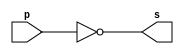
 
// ------------------------- 
// Exemplo0002 - NOT
// Nome: Ederson Cristiano Nunes 
// Versao: 0.2
// ------------------------- 
 
// ------------------------- 
// -- not gate
// ------------------------- 
module notgate (output s, input p); 
assign s = ~p; // criar vinculo permanente 
                        // (dependencia) 
endmodule // not gate 
 
// ------------------------- 
// -- test not gate 
// ------------------------- 
module testnotgate; 
// ------------------------- dados locais 
   reg   a;    // definir registrador 
                   // (variavel independente) 
   wire  s;    // definir conexao (fio) 
                   // (variavel dependente   ) 
// ------------------------- instancia 
   notgate NOT1 (s, a); 
// ------------------------- preparacao 
   initial begin:start 
      a=0; 
    end 
// ------------------------- parte principal 
// ------------------------- parte principal 
          initial begin 
      $display("Exemplo 0002 - Ederson Cristiano Nunes - 438964"); 
            $display("Test NOT gate"); 
            $display("\n~a = s\n"); 
            a=0; 
         #1  $display("~%b = %b", a, s); 
            a=1; 
         #1  $display("~%b = %b", a, s); 
        end 

       endmodule//testnotgate 
 

//Exemplo 0002 - Ederson Cristiano Nunes - 438964
//Test NOT gate
//~a = s
    
//~0 = 1
//~1 = 0